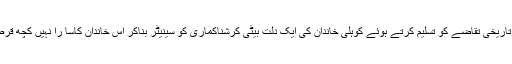
وہ تو پیپلز پارٹی کی قیادت نے تاریخی تقاضے کو تسلیم کرتے ہوئے کوہلی خاندان کی ایک دلت بیٹی کرشناکماری کو سینیٹر بناکر اس خاندان کاسا را نہیں کچھ قرض ڈیڑھ سو سال بعدچکا دیا ہے۔